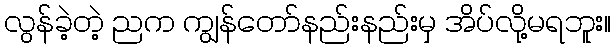
လွန်ခဲ့တဲ့ ညက ကျွန်တော်နည်းနည်းမှ အိပ်လို့မရဘူး။